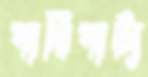
পারিপাট্য